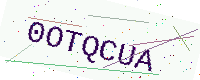
Text: 0OTQCUA